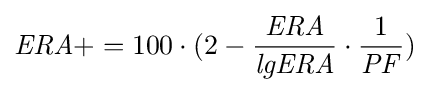
{\mathit {ERA+}}=100\cdot (2-{{\mathit {ERA}} \over {\mathit {lgERA}}}\cdot {1 \over {\mathit {PF}}})